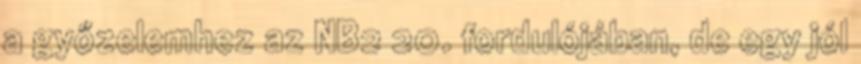
a győzelemhez az NB2 20. fordulójában, de egy jól